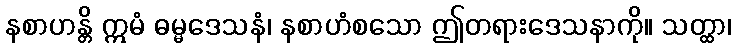
နစာဟန္တိ ဣမံ ဓမ္မဒေသနံ၊ နစာဟံစသော ဤတရားဒေသနာကို။ သတ္ထာ၊